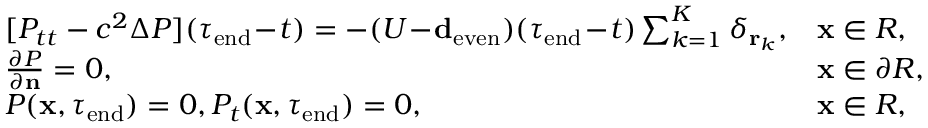
\begin{array} { r } { \begin{array} { l l } { [ P _ { t t } - c ^ { 2 } \Delta P ] ( \tau _ { \mathrm { e n d } } \! - \! t ) = - ( U \! - \! \ensuremath { \mathbf d _ { \mathrm { e v e n } } } ) ( \tau _ { \mathrm { e n d } } \! - \! t ) \sum _ { k = 1 } ^ { K } \delta _ { \mathbf r _ { k } } , } & { \mathbf x \in R , } \\ { { \frac { \partial P } { \partial \mathbf n } } = 0 , } & { \mathbf x \in \partial R , } \\ { P ( \mathbf x , \tau _ { \mathrm { e n d } } ) = 0 , P _ { t } ( \mathbf x , \tau _ { \mathrm { e n d } } ) = 0 , } & { \mathbf x \in R , } \end{array} } \end{array}